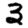
Digit: 3